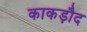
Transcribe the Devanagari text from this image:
काकड़ौद